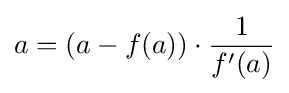
a=(a-f(a))\cdot {1 \over f'(a)}